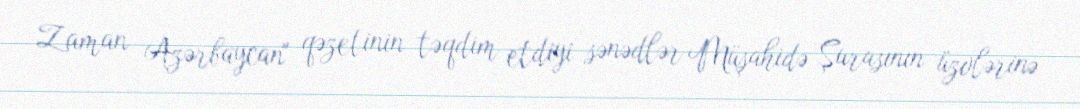
Zaman Azərbaycan" qəzetinin təqdim etdiyi sənədlər Müşahidə Şurasının üzvlərinə